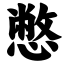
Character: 憋